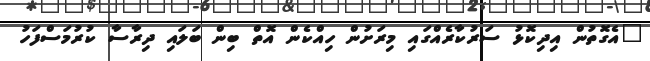
"އެގޮތުން އިދިކޮޅު ސަރުކާރެއްގައި މިރަށުން ހިއްކެން އޮތް ބިން ބަލައި ދިރާސާ ކުރުމަސްފަހު